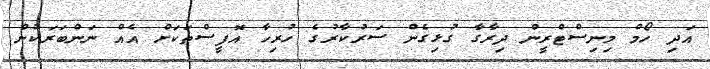
އަދި ހޯމް މިނިސްޓްރީން ދިރާގާ ގުޅިގެން ސަރުކާރުގެ ހުރިހާ އޮފީސްތަކަށް އެއް ނަންބަރަކުން